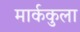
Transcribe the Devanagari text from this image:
मार्ककुला